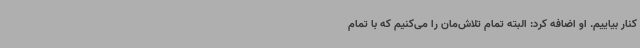
کنار بیاییم. او اضافه کرد: البته تمام تلاش‌مان را می‌کنیم که با تمام